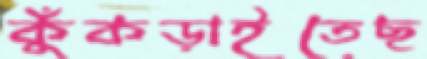
কুঁকড়াইতেছ